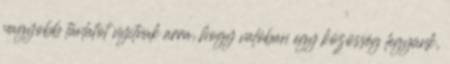
nagyobb távlatot nyitnak arra, hogy valóban egy közösség legyünk,